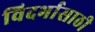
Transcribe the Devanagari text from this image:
विदर्भासाठी